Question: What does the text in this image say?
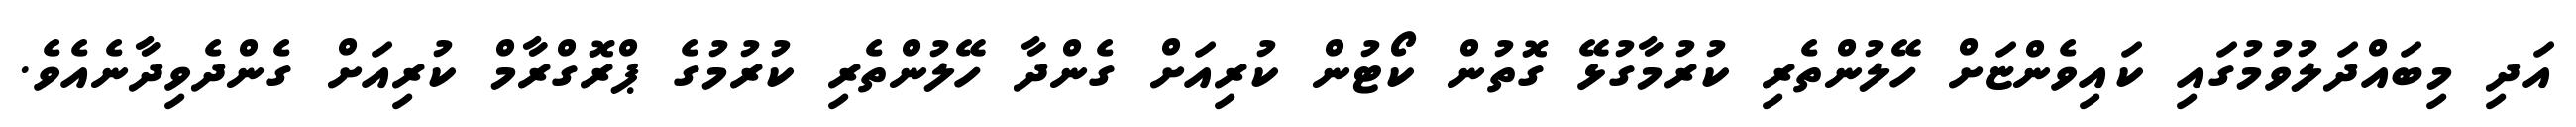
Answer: އަދި މިބައްދަލުވުމުގައި ކައިވެންޏަށް ހޭލުންތެރި ކުރުމާގުޅޭ ގޮތުން ކޯޓުން ކުރިއަށް ގެންދާ ހޭލުންތެރި ކުރުމުގެ ޕްރޮގްރާމް ކުރިއަށް ގެންދެވިދާނެއެވެ.